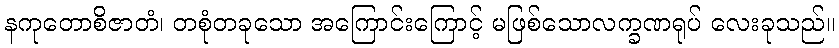
နကုတောစိဇာတံ၊ တစုံတခုသော အကြောင်းကြောင့် မဖြစ်သောလက္ခဏရုပ် လေးခုသည်။